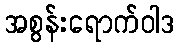
အစွန်းရောက်ဝါဒ